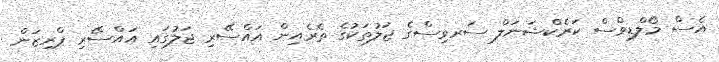
އެސް މޯލްޑިވްސް ކަރެކްޝަނަލް ސަރވިސްގެ ޖަލުތަކުގެ ތެރެއިން އައްސޭރި ޖަލުގައި އައްސޭރި ޕްރިޒަން